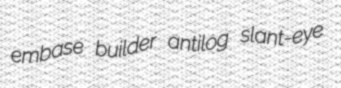
embase builder antilog slant-eye